Problem: 47 + 11 = ?
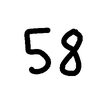
Handwritten answer: 58